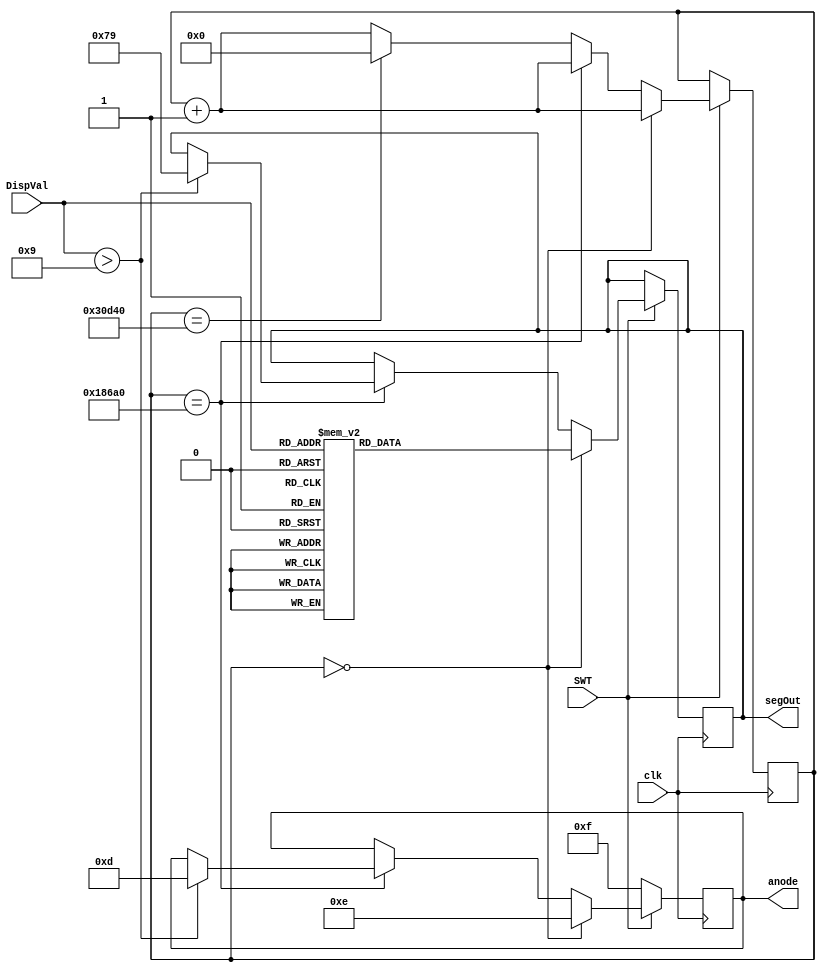
`timescale 1ns / 1ps
//////////////////////////////////////////////////////////////////////////////////
// Company: 
// Engineer: 
// 
// Design Name: 
// Module Name:    DisplayController 
// Project Name: 
// Target Devices: 
// Tool versions: 
// Description: 
//
// Dependencies: 
//
// Revision: 
// Revision 0.01 - File Created
// Additional Comments: 
//
//////////////////////////////////////////////////////////////////////////////////
module DisplayController(
     clk,
    SWT,
    DispVal,
    anode,
    segOut
    );

	 // ===========================================================================
	 // 										Port Declarations
	 // ===========================================================================
    input clk;
    input SWT;
    input [4:0] DispVal;
    output [3:0] anode;
    output [6:0] segOut;

	 // ===========================================================================
	 // 							  Parameters, Regsiters, and Wires
	 // ===========================================================================
	 reg [3:0] anode;
	 reg [6:0] segOut;

	 reg [17:0] sclk;
	 reg [6:0] seg;
	 
	 // ===========================================================================
	 // 										Implementation
	 // ===========================================================================
	 always @(posedge clk)
	 begin
			// turns off the seven segment display when the switch is off
			// or else turn on the seven segment display
			if(SWT == 1'b0)
				begin
						anode <= 4'b1111;
				end

			// refresh each digit
			else
				begin
						// 0 ms refersh digit 0
						if(sclk == 18'b000000000000000000)
							begin
									anode <= 4'b1110;
									segOut <= seg;
									sclk <= sclk + 1'b1;
							end

						// 1ms refresh digit 1
						else if(sclk == 18'b011000011010100000)
							begin
									// display a 1 on the tenth digit if the number is greater than 9
									if(DispVal > 5'b01001)
										begin
												segOut <= 7'b1111001;
												anode <= 4'b1101;
										end
									
									sclk <= sclk + 1'b1;									
							end

						//	2ms
						else if(sclk == 18'b110000110101000000)
							begin
									sclk <= 18'b000000000000000000;
							end

						// Increment
						else
							begin
									sclk <= sclk + 1'b1;
							end
				end
	 end
	 
	 //  Selects the value to display on the SSD
	 always @(*)
	 case (DispVal[4:0])

			5'b00000 : seg <= 7'b1000000;		// 0
			5'b00001 : seg <= 7'b1111001;		// 1
			5'b00010 : seg <= 7'b0100100;		// 2
			5'b00011 : seg <= 7'b0110000;		// 3
			5'b00100 : seg <= 7'b0011001;		// 4
			5'b00101 : seg <= 7'b0010010;		// 5
			5'b00110 : seg <= 7'b0000010;		// 6
			5'b00111 : seg <= 7'b1111000;		// 7
			5'b01000 : seg <= 7'b0000000;		// 8
			5'b01001 : seg <= 7'b0010000;		// 9
			5'b01010 : seg <= 7'b1000000;		// 10
			5'b01011 : seg <= 7'b1111001;		// 11
			5'b01100 : seg <= 7'b0100100;		// 12
			5'b01101 : seg <= 7'b0110000;		// 13
			5'b01110 : seg <= 7'b0011001;		// 14
			5'b01111 : seg <= 7'b0010010;		// 15
			5'b10000 : seg <= 7'b0000010;		// 16
			5'b10001 : seg <= 7'b1111000;		// 17
			5'b10010 : seg <= 7'b0000000;		// 18
			5'b10011 : seg <= 7'b0010000;		// 19
			
			default : seg <= 7'b0111111;

	 endcase

endmodule